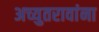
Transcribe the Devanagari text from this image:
अच्युतरावांना